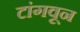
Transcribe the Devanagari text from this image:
टांगवून